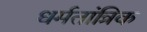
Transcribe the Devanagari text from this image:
धर्मतांत्रिक